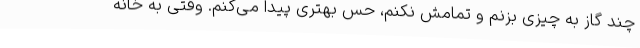
چند گاز به چیزی بزنم و تمامش نکنم، حس بهتری پیدا می‌کنم. وقتی به خانه